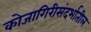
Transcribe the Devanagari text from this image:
कोजागिरीसंदर्भातील